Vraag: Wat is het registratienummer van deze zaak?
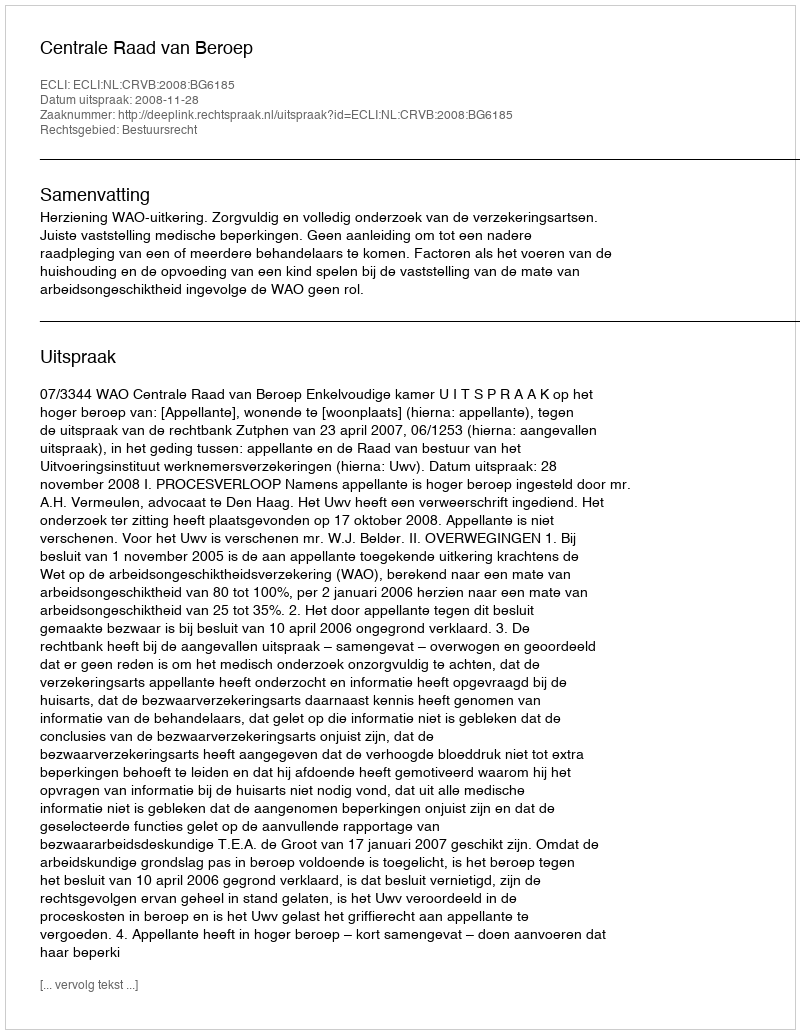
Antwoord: http://deeplink.rechtspraak.nl/uitspraak?id=ECLI:NL:CRVB:2008:BG6185